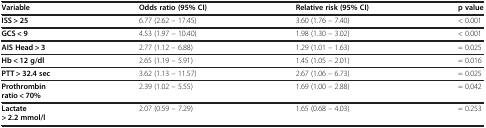
| Variable | Odds ratio (95% CI) | Relative risk (95% CI) | p value |
 | --- | --- | --- | --- |
 | ISS > 25 | 6.77 (2.62 – 17.45) | 3.60 (1.76 – 7.40) | < 0.001 |
 | GCS < 9 | 4.53 (1.97 – 10.40) | 1.98 (1.30 – 3.02) | < 0.001 |
 | AIS Head > 3 | 2.77 (1.12 – 6.88) | 1.29 (1.01 – 1.63) | = 0.025 |
 | Hb < 12 g/dl | 2.65 (1.19 – 5.91) | 1.45 (1.05 – 2.01) | = 0.016 |
 | PTT > 32.4 sec | 3.62 (1.13 – 11.57) | 2.67 (1.06 – 6.73) | = 0.025 |
 | Prothrombin ratio < 70% | 2.39 (1.02 – 5.55) | 1.69 (1.00 – 2.88) | = 0.042 |
 | Lactate > 2.2 mmol/l | 2.07 (0.59 – 7.29) | 1.65 (0.68 – 4.03) | = 0.253 |